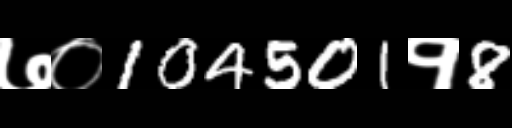
Text: ७०104501१8